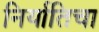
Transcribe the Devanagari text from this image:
निर्यातिचा